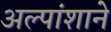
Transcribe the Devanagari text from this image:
अल्पांशाने